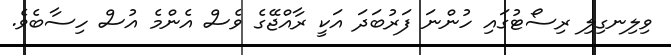
ވިލިނގިލި ރިސޯޓުގައި ހުންނަ ފަރުބަދަ އަކީ ރާއްޖޭގެ ވެސް އެންމެ އުސް ހިސާބެވެ.